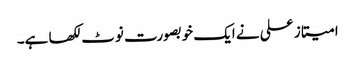
امیتاز علی نے ایک خوبصورت نوٹ لکھا ہے۔